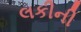
લકીની